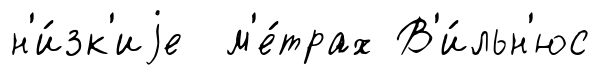
н'и́зк'иjе м'е́трах В'и́льн'юс